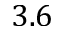
3 . 6